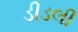
ડીડલી